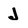
Character: J